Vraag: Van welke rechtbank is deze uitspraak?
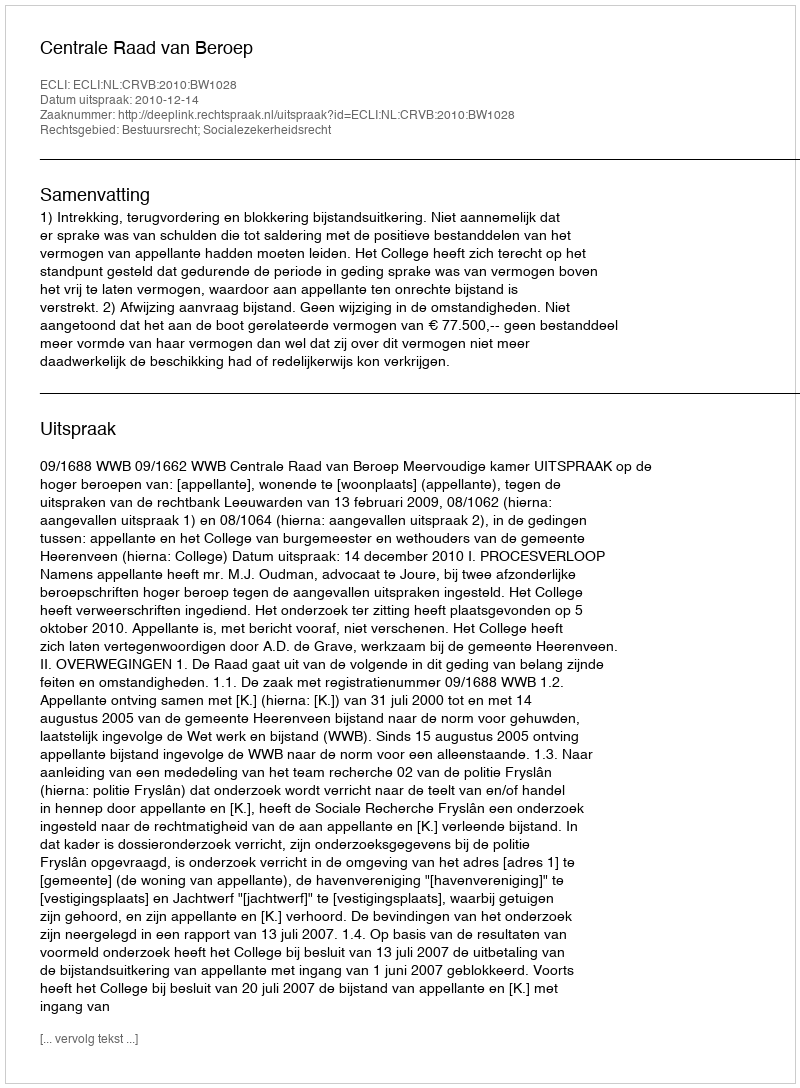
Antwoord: Centrale Raad van Beroep